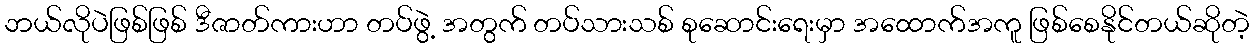
ဘယ်လိုပဲဖြစ်ဖြစ် ဒီဇာတ်ကားဟာ တပ်ဖွဲ့ အတွက် တပ်သားသစ် စုဆောင်းရေးမှာ အထောက်အကူ ဖြစ်စေနိုင်တယ်ဆိုတဲ့